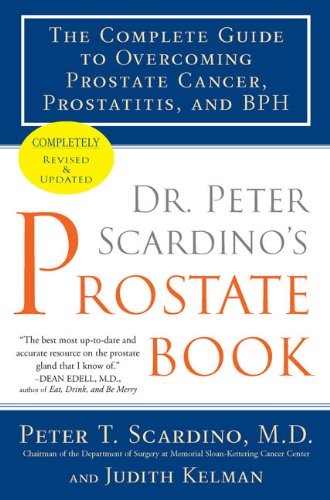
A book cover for Dr. Peter Scardino's Prostate Book, Revised Edition: The Complete Guide to Overcoming Prostate Cancer, Prostatitis, and BPH; Peter T. Scardino M.D.; Science & Math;